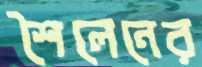
শৈলেনের